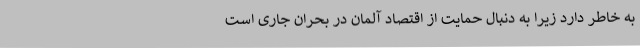
به خاطر دارد زیرا به دنبال حمایت از اقتصاد آلمان در بحران جاری است